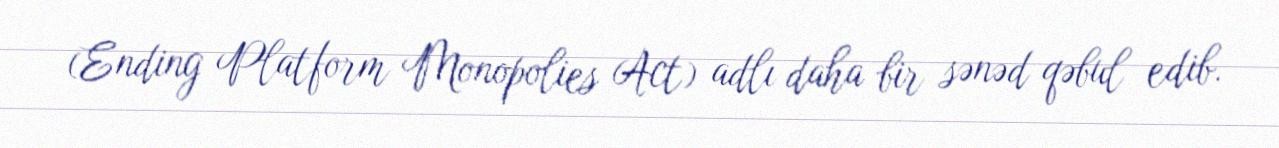
(Ending Platform Monopolies Act) adlı daha bir sənəd qəbul edib.